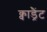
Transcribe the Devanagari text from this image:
क्वाड्रैंट